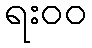
ရး၀၀